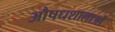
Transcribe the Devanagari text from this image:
औषधशालाओं